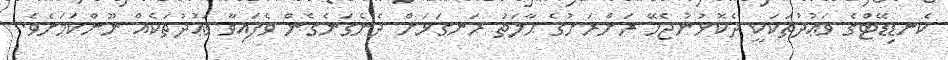
ކެނޑިޑޭޓްގެ ވަޢުދުތަކަކީ ދެކޮޅުނުޖެހޭ ރަށްރަށުގެ ޙާލަތު ރަނގަޅަށް ދެނެގަނެގެން ވެފައިވާ ވަޢުދުތަކެއް ނޫންކަމަށެވެ.